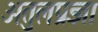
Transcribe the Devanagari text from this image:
अतुलप्रज्ञा